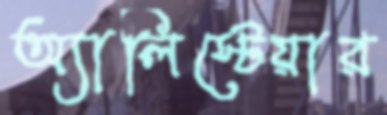
অ্যালিস্টেয়ার